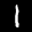
Digit: 1